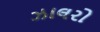
ઝાલરો